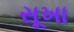
સૂખા